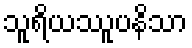
သူရိယဿူပနိသာ